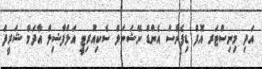
އަދި މިނިސްޓަރ އޮފް ޑިފެންސް އެންޑް ނޭޝަނަލް ސެކިއުރިޓީ އަލްފާޟިލް އާދަމް ޝަރީފް